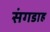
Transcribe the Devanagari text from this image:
संगडाह